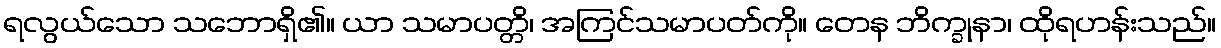
ရလွယ်သော သဘောရှိ၏။ ယာ သမာပတ္တိ၊ အကြင်သမာပတ်ကို။ တေန ဘိက္ခုနာ၊ ထိုရဟန်းသည်။